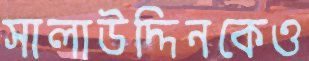
সালাউদ্দিনকেও